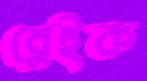
ব্লেইক